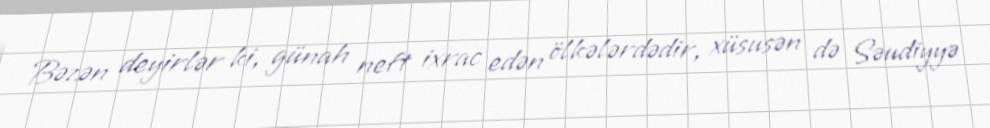
Bəzən deyirlər ki, günah neft ixrac edən ölkələrdədir, xüsusən də Səudiyyə